Annual statistical returns and brief notes on vaccination in Bengal - 1896-1909
Year: 1896
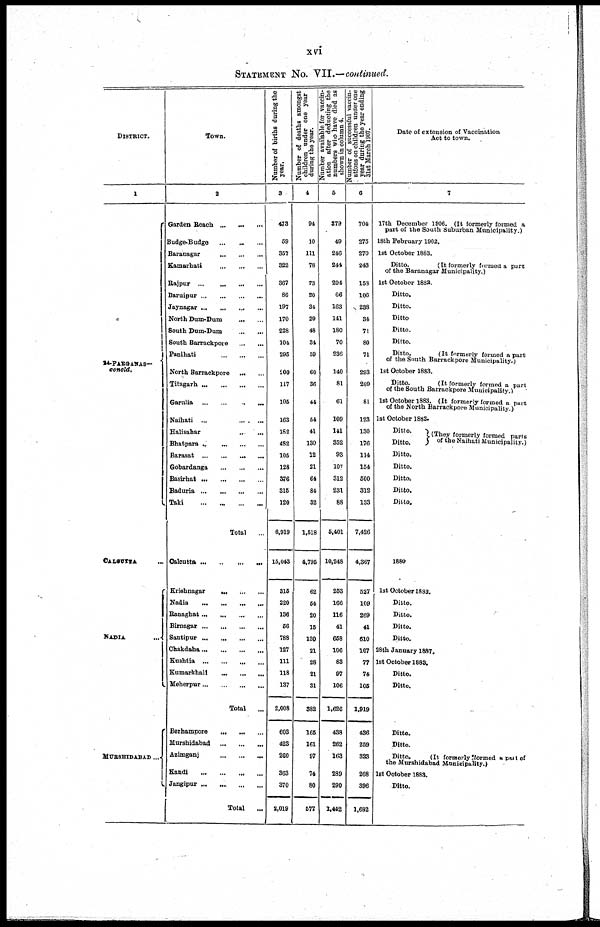
xvi
STATEMENT No. VII.—continued.
DISTRICT.
1
24-PARGANAS—
concld.
CALCUTTA ...
NADIA ...
MURSHIDABAD ...
Town.
2
Garden Beach
...
...
...
Budge-Budge ... ... ...
Baranagar
...
...
...
Kamarhati
...
...
...
Rajpur
...
...
...
...
Baruipur
...
...
...
...
Jaynagar
...
...
...
...
North Dum-Dum
...
...
South Dum-Dum
...
...
South Barrackpore
...
...
Panihati
...
...
...
North Barrackpore ... ...
Titagarh
...
...
...
...
Garulia
...
...
...
...
Naihati ...
...
...
Halisahar
...
...
Bhatpara ... ...
...
...
Barasat ... ... ... ...
Gobardanga
...
...
...
Basirhat
...
...
...
...
Baduria
...
...
...
...
Taki
...
...
...
...
Total
...
Calcutta
...
...
...
...
Krishnagar
...
...
...
Nadia
...
...
...
...
Ranaghat
...
...
...
...
Birnagar...
...
...
...
Santipur...
...
...
...
Chakdaha ... ... ... ...
Kushtia ... ... ... ...
Kumarkhali ... ... ...
Meherpur ... ... ... ...
Total
...
Berhampore
...
...
...
Murshidabad
...
...
...
Azimganj
...
...
...
Kandi
...
...
...
...
Jangipur
...
...
...
...
Total
...
Number of births during the
year.
3
473
59
357
322
367
86
197
170
228
104
295
200
117
105
163
182
482
105
128
376
315
120
6,919
15,043
315
220
136
56
788
127
111
118
137
2,008
603
423
260
363
370
2,019
Number of deaths amongst
children under one year
during the year.
4
94
10
111
78
73
20
34
29
48
34
59
60
36
44
54
41
130
12
21
64
84
32
1,518
4,795
62
54
20
15
130
21
28
21
31
382
165
161
97
74
80
577
Number available for vaccin-
ation after deducting the
numbers who have died as
shown in column 4.
5
379
49
246
244
294
66
163
141
180
70
236
140
81
61
109
141
352
93
107
312
231
88
5,401
10,248
253
166
116
41
658
106
83
97
106
1,626
438
262
163
289
290
1,442
Number of successful vaccin-
ations on children under one
year during the year ending
31st March 1907.
6
704
275
270
243
158
106
238
34
71
80
71
293
209
81
123
130
176
114
154
500
312
133
7,426
4,367
527
109
269
41
610
107
77
74
105
1,919
436
259
323
268
396
1,682
Date of extension of Vaccination
Act to town.
7
17th December 1906. (It formerly formed a
part of the South Suburban Municipality.)
18th February 1902.
1st October 1883.
Ditto.
(It formerly formed a part
of the Baranagar Municipality.)
1st October 1882.
Ditto.
Ditto.
Ditto
Ditto.
Ditto.
Ditto.
(It ,formerly formed a part
of the South Barrackpore Municipality.)
1st October 1883.
Ditto.
(It formerly formed a part
of the South Barrackpore Municipality.)
1st October 1883. (It formerly formed a part
of the North Barrackpore Municipality.)
1st October 1883.
Ditto.
Ditto.
(They formerly formed parts
of the Naihati Municipality.)
Ditto.
Ditto.
Ditto.
Ditto.
Ditto.
1880
1st October 1883.
Ditto.
Ditto.
Ditto.
Ditto.
28th January 1887.
1st October 1883.
Ditto.
Ditto.
Ditto.
Ditto.
Ditto.
(It formerly formed a part of
the Murshidabad Municipality.)
1st October 1883.
Ditto.